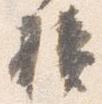
損